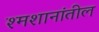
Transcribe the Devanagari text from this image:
श्मशानांतील